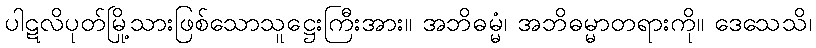
ပါဋလိပုတ်မြို့သားဖြစ်သောသူဋ္ဌေးကြီးအား။ အဘိဓမ္မံ၊ အဘိဓမ္မာတရားကို။ ဒေသေသိ၊